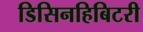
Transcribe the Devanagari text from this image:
डिसिनहिबिटरी